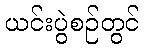
ယင်းပွဲစဉ်တွင်